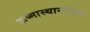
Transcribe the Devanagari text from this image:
ऊष्मास्थानांतरण